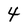
Character: 4